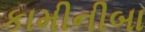
કામીનીબા